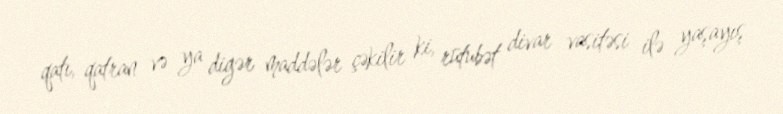
qatı, qatran və ya digər maddələr çəkilir ki, rütubət divar vasitəsi ilə yaşayış